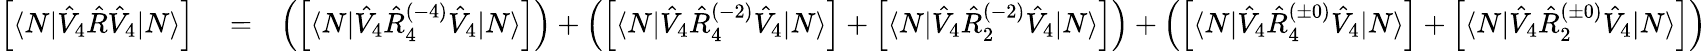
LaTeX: \begin{array}{rlr}{\left[\langle N|\hat{V}_{4}\hat{R}\hat{V}_{4}|N\rangle\right]}&{{}=}&{\left(\left[\langle N|\hat{V}_{4}\hat{R}_{4}^{(-4)}\hat{V}_{4}|N\rangle\right]\right)+\left(\left[\langle N|\hat{V}_{4}\hat{R}_{4}^{(-2)}\hat{V}_{4}|N\rangle\right]+\left[\langle N|\hat{V}_{4}\hat{R}_{2}^{(-2)}\hat{V}_{4}|N\rangle\right]\right)+\left(\left[\langle N|\hat{V}_{4}\hat{R}_{4}^{(\pm 0)}\hat{V}_{4}|N\rangle\right]+\left[\langle N|\hat{V}_{4}\hat{R}_{2}^{(\pm 0)}\hat{V}_{4}|N\rangle\right]\right)}\end{array}